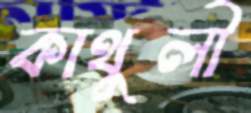
কাথুলী